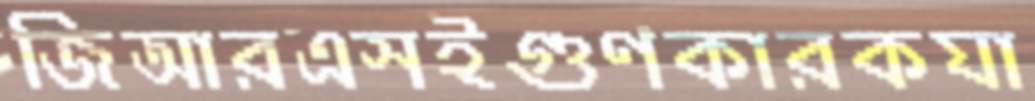
জিআরএসইগুণকারকযা